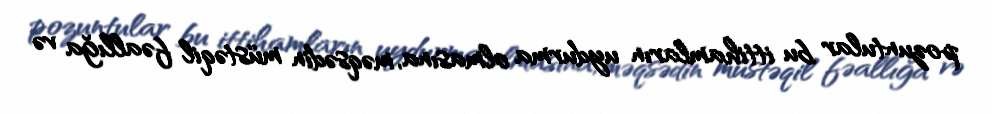
pozuntular bu ittihamların uydurma olmasına, məqsədin müstəqil fəallığa və